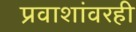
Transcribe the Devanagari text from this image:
प्रवाशांवरही